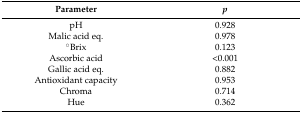
| Parameter | p |
 | --- | --- |
 | pH | 0.928 |
 | Malic acid eq. | 0.978 |
 | °Brix | 0.123 |
 | Ascorbic acid | <0.001 |
 | Gallic acid eq. | 0.882 |
 | Antioxidant capacity | 0.953 |
 | Chroma | 0.714 |
 | Hue | 0.362 |